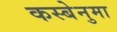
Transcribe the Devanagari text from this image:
कस्बेनुमा